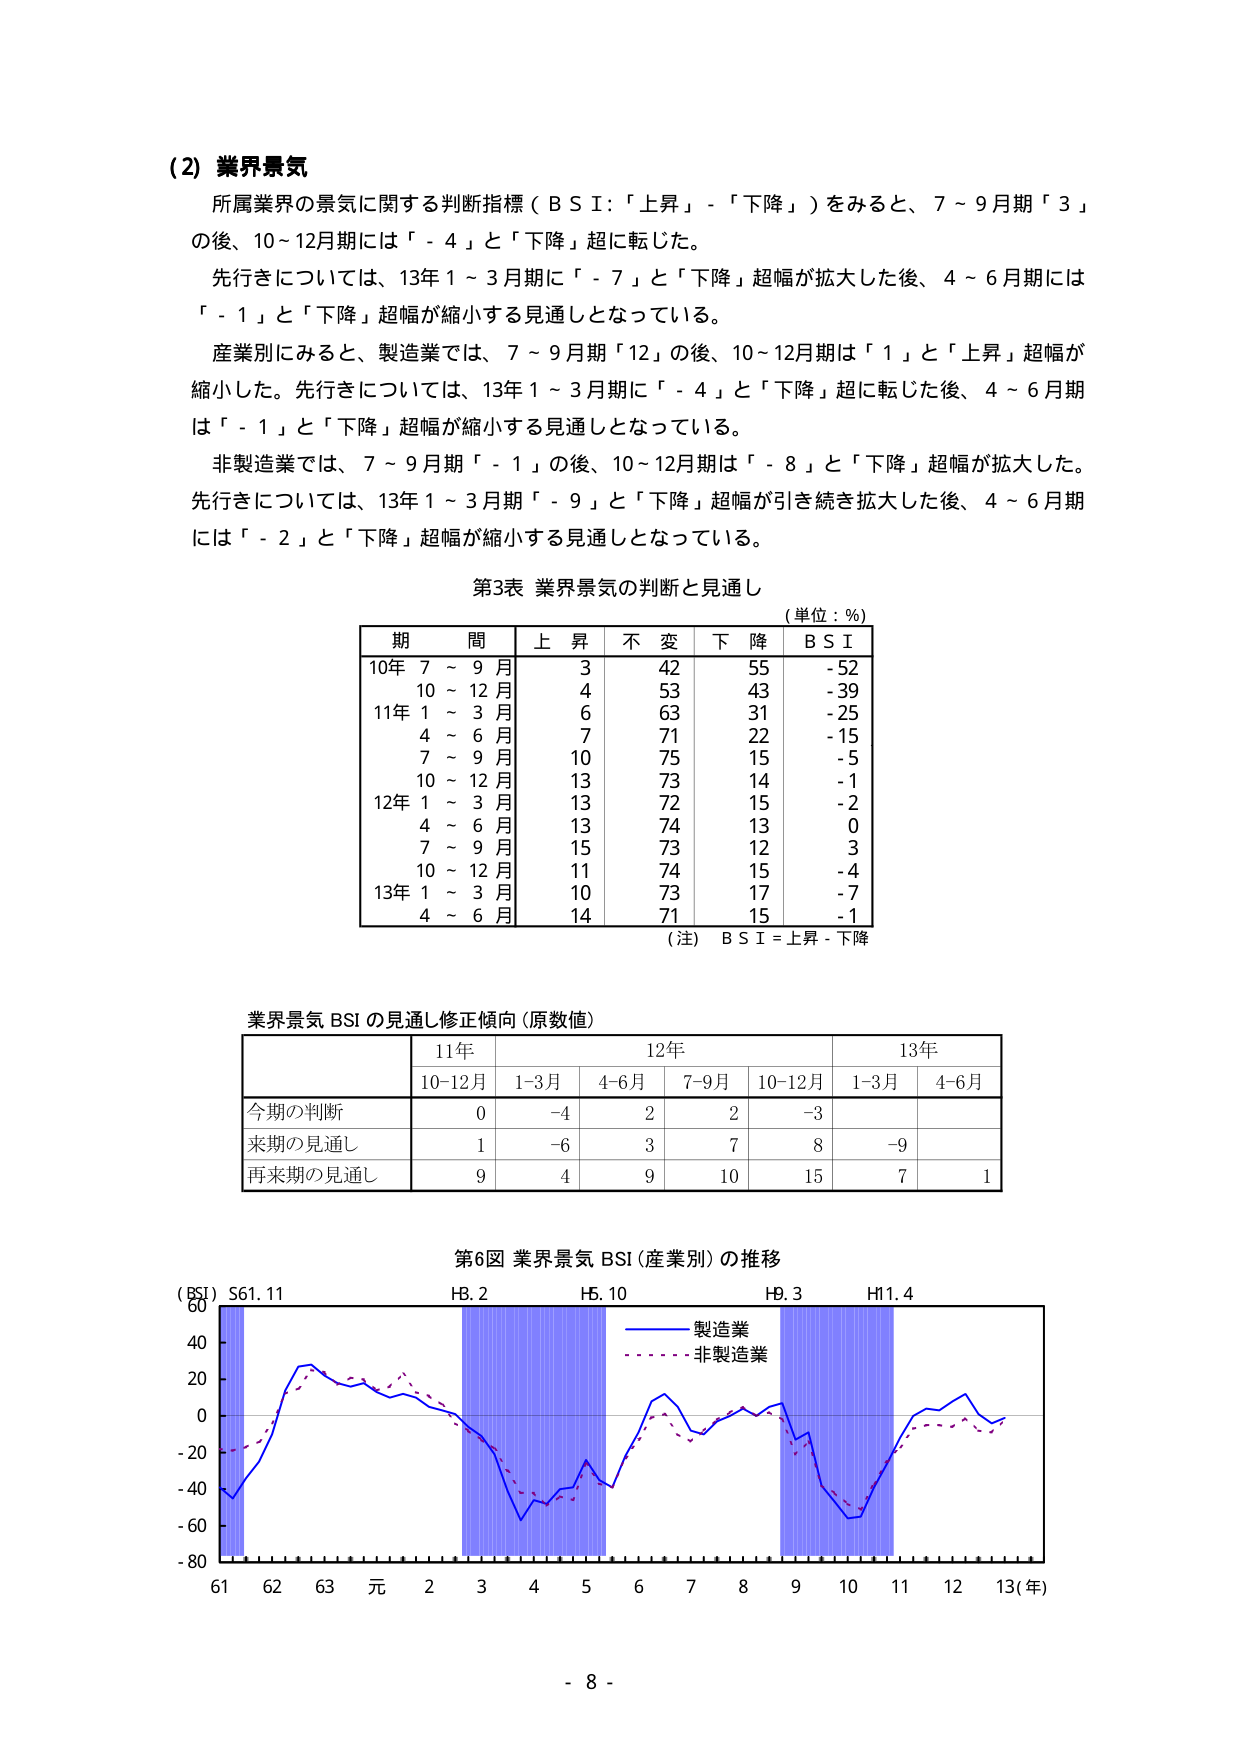
(2) 業界景気
所属業界の景気に関する判断指標（ＢＳＩ：「上昇」－「下降」）をみると、7～9月期「3」の後、10～12月期には「－4」と「下降」超に転じた。
先行きについては、13年1～3月期に「－7」と「下降」超幅が拡大した後、4～6月期には「－1」と「下降」超幅が縮小する見通しとなっている。
産業別にみると、製造業では、7～9月期「12」の後、10～12月期は「1」と「上昇」超幅が縮小した。先行きについては、13年1～3月期に「－4」と「下降」超に転じた後、4～6月期は「－1」と「下降」超幅が縮小する見通しとなっている。
非製造業では、7～9月期「－1」の後、10～12月期は「－8」と「下降」超幅が拡大した。先行きについては、13年1～3月期「－9」と「下降」超幅が引き続き拡大した後、4～6月期には「－2」と「下降」超幅が縮小する見通しとなっている。

第3表 業界景気の判断と見通し
（単位：％）
期 間　　上 昇　　不 変　　下 降　　ＢＳＩ
10年 7～9月　　3　　42　　55　　－52
　　　10～12月　　4　　53　　43　　－39
11年 1～3月　　6　　63　　31　　－25
　　　4～6月　　7　　71　　22　　－15
　　　7～9月　　10　　75　　15　　－5
　　　10～12月　　13　　73　　14　　－1
12年 1～3月　　13　　72　　15　　－2
　　　4～6月　　13　　74　　13　　0
　　　7～9月　　15　　73　　12　　3
　　　10～12月　　11　　74　　15　　－4
13年 1～3月　　10　　73　　17　　－7
　　　4～6月　　14　　71　　15　　－1
（注）ＢＳＩ＝上昇－下降

業界景気 BSI の見通し修正傾向（原数値）
　　　　　　　　11年　　　　　　12年　　　　　　13年
　　　　　　10-12月　　1-3月　　4-6月　　7-9月　　10-12月　　1-3月　　4-6月
今期の判断　　　0　　　－4　　　2　　　2　　　－3　　　　－　　　　－
来期の見通し　　　1　　　－6　　　3　　　7　　　8　　　　－9　　　　－
再来期の見通し　　　9　　　4　　　9　　　10　　　15　　　7　　　　1

第6図 業界景気 BSI（産業別）の推移
（BSI）S61.11